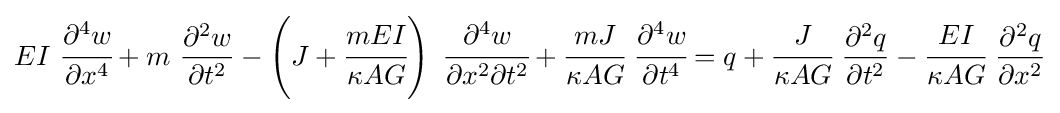
{\begin{aligned}EI~{\cfrac {\partial ^{4}w}{\partial x^{4}}}+m~{\frac {\partial ^{2}w}{\partial t^{2}}}-\left(J+{\cfrac {mEI}{\kappa AG}}\right)~{\cfrac {\partial ^{4}w}{\partial x^{2}\partial t^{2}}}+{\cfrac {mJ}{\kappa AG}}~{\cfrac {\partial ^{4}w}{\partial t^{4}}}=q+{\cfrac {J}{\kappa AG}}~{\frac {\partial ^{2}q}{\partial t^{2}}}-{\cfrac {EI}{\kappa AG}}~{\frac {\partial ^{2}q}{\partial x^{2}}}\end{aligned}}